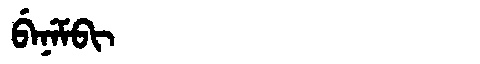
Manchu: ᠪᡝᠨᡝᠮᠪᡳ
Romanization: BENEMBI